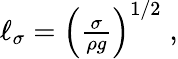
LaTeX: \begin{array}{r}{\ell_{\sigma}=\left(\frac{\sigma}{\rho g}\right)^{1/2}\; ,}\end{array}